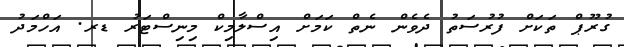
ގުރޫޕް ތަކަށް ފުރުސަތު ދެވެން ނެތް ކަމަށް އިސްލާމިކް މިިނިސްޓަރު ޑރ. އަހްމަދު